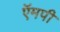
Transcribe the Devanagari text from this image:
ऍमपी